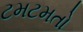
ટમટમતો